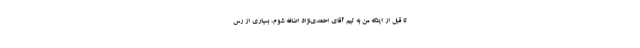
تا قبل از اینکه من به تیم آقای احمدی‌نژاد اضافه شوم، بسیاری از رس